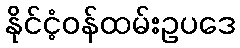
နိုင်ငံ့ဝန်ထမ်းဥပဒေ